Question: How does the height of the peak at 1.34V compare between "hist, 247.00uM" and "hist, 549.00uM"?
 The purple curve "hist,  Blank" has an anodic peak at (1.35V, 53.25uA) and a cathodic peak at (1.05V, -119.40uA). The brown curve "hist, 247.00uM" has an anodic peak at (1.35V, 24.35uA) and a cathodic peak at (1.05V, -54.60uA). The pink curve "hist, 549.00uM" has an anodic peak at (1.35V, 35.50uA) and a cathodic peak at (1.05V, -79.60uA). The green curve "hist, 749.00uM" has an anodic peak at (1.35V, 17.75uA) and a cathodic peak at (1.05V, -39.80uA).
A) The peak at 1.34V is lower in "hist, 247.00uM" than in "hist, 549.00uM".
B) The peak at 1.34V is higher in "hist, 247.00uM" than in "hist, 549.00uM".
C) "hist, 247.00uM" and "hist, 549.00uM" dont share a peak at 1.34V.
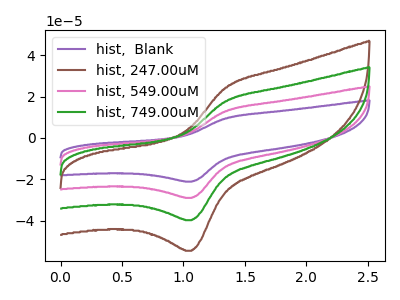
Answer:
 <answer>A) The peak at 1.34V is lower in "hist, 247.00uM" than in "hist, 549.00uM".</answer>
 <eval>A</eval>